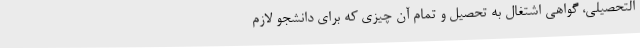
التحصیلی، گواهی اشتغال به تحصیل و تمام آن چیزی که برای دانشجو لازم